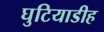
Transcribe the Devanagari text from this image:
घुटियाडीह